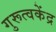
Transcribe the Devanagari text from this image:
गुरूत्वकेंद्र